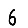
Digit: 6